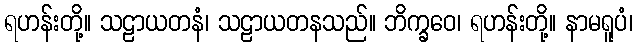
ရဟန်းတို့။ သဠာယတနံ၊ သဠာယတနသည်။ ဘိက္ခဝေ၊ ရဟန်းတို့။ နာမရူပံ၊